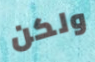
ولكن